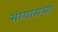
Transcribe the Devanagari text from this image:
मायासभा